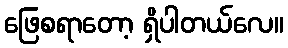
ဖြေစရာတော့ ရှိပါတယ်လေ။